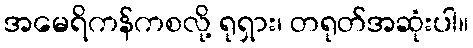
အမေရိကန်ကစလို့ ရုရှား၊ တရုတ်အဆုံးပါ။